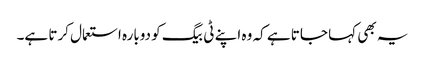
یہ بھی کہا جاتا ہے کہ وہ اپنے ٹی بیگ کو دوبارہ استعمال کرتا ہے۔